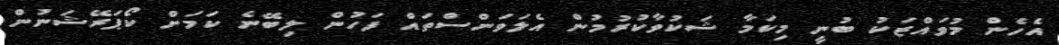
އެހެން މުވައްޒަކު ބުނީ މިކަމާ ޝަކުވާކުރުމުން އެލަވަންސްތައް ފަހުން ލިބޭނެ ކަމަށް ކޯޕަރޭޝަނުން